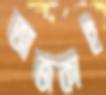
আজকাই